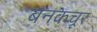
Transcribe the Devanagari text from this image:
बनकचूर